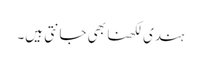
ہندی لکھنا بھی جانتی ہیں۔